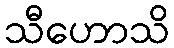
သီဟောသိ